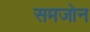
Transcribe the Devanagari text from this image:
समजोन